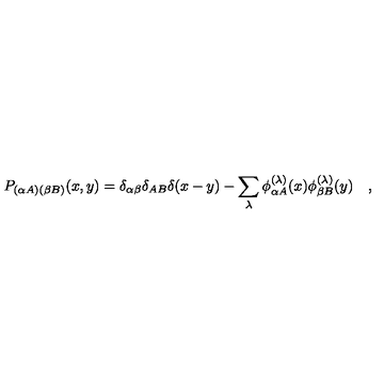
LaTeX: P _ { ( \alpha A ) ( \beta B ) } ( x , y ) = \delta _ { \alpha \beta } \delta _ { A B } \delta ( x - y ) - \sum _ { \lambda } \phi _ { \alpha A } ^ { ( \lambda ) } ( x ) \phi _ { \beta B } ^ { ( \lambda ) } ( y ) \quad ,